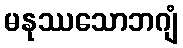
မနုဿသောဘဂျံ